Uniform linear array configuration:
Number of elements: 12
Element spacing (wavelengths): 0.25
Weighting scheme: hamming
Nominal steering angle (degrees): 45
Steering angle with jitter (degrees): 46.044
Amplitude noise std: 0.05
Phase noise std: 0.05

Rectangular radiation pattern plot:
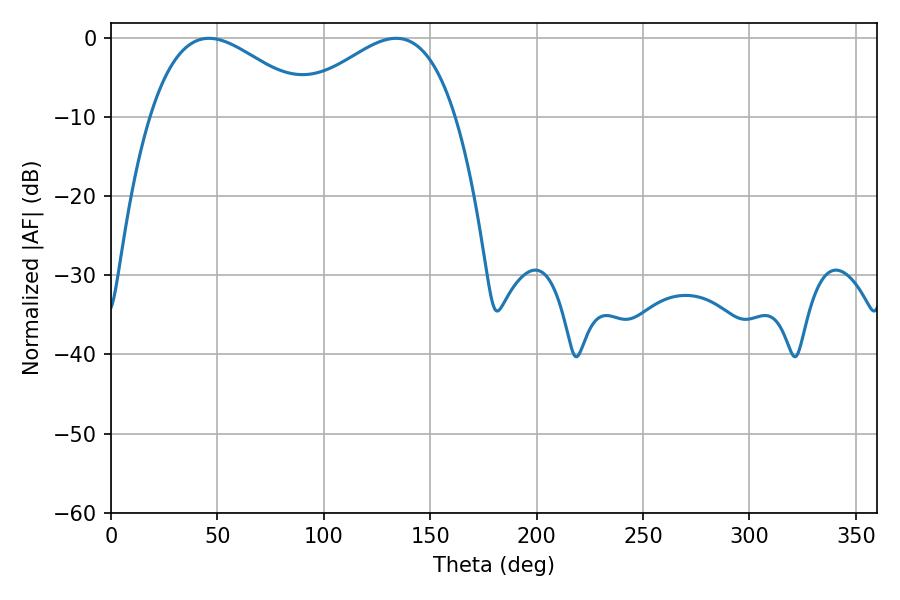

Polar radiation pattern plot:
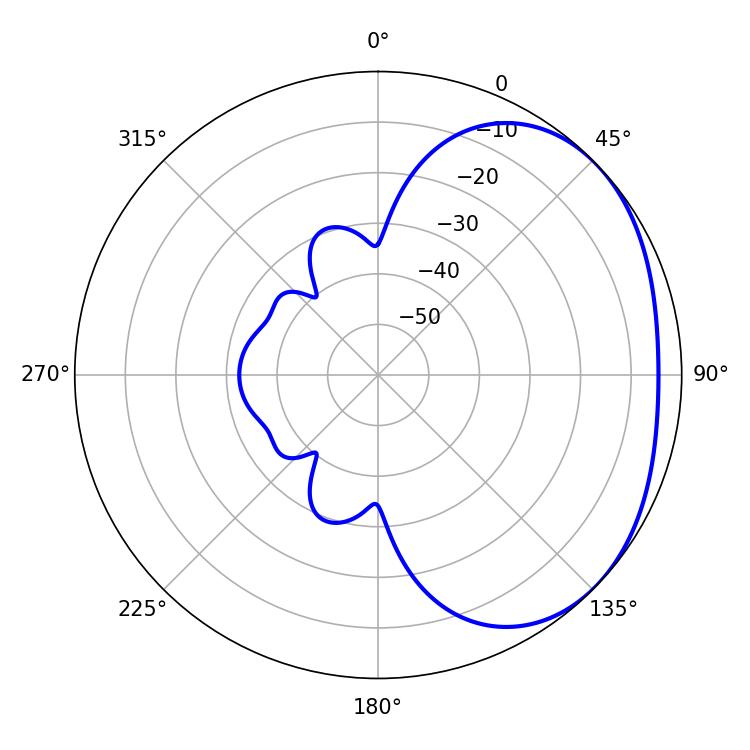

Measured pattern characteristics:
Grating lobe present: FALSE
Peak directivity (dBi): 2.322
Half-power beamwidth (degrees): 41.76
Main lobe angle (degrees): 46.08